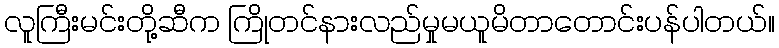
လူကြီးမင်းတို့ဆီက ကြိုတင်နားလည်မှုမယူမိတာတောင်းပန်ပါတယ်။